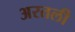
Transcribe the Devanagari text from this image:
अरतली